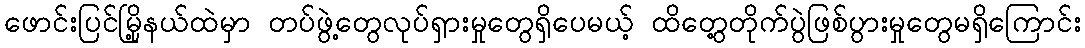
ဖောင်းပြင်မြို့နယ်ထဲမှာ တပ်ဖွဲ့တွေလုပ်ရှားမှုတွေရှိပေမယ့် ထိတွေ့တိုက်ပွဲဖြစ်ပွားမှုတွေမရှိကြောင်း